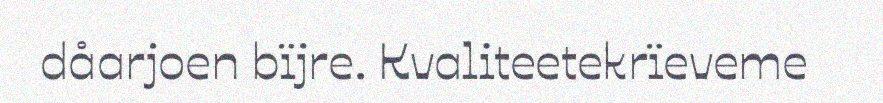
dåarjoen bïjre. Kvaliteetekrïeveme